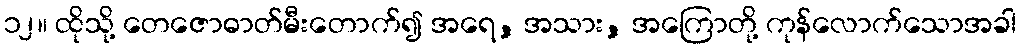
၁၂။ ထိုသို့ တေဇောဓာတ်မီးတောက်၍ အရေ, အသား, အကြောတို့ ကုန်လောက်သောအခါ